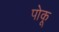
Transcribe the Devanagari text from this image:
पोकू